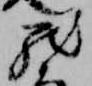
然